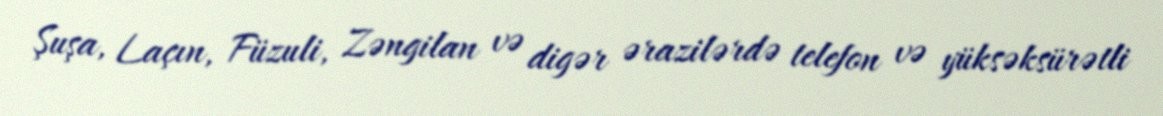
Şuşa, Laçın, Füzuli, Zəngilan və digər ərazilərdə telefon və yüksəksürətli